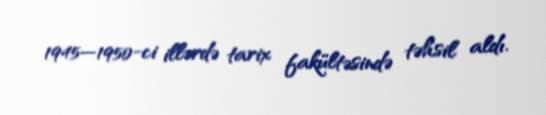
1945—1950-ci illərdə tarix fakültəsində təhsil aldı.